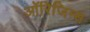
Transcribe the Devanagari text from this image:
ऑरिजिन्स